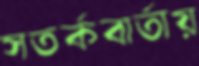
সতর্কবার্তায়